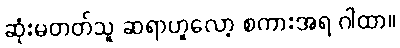
ဆုံးမတတ်သူ ဆရာဟူလော့ စကားအရ ဂါထာ။